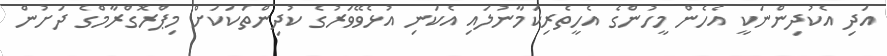
އަދި އެކުދިންނަކީ އެހެން މީހުންގެ އެހީތެރިކަމާނުލައި އެކަނި އުޅެވޭވަރުގެ ކުދިންތަކަކަށް މިޕްރޮގްރާމްގެ ދަށުން